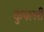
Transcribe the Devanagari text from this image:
कुपल्ली